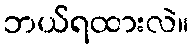
ဘယ်ရထားလဲ။